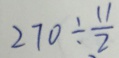
2 7 0 \div \frac { 1 1 } { 2 }